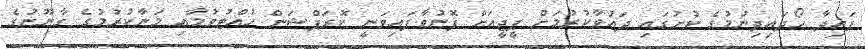
ފައިދާ ހޯދައިދިނުމުގެ ކުށުގައި ދައުވާކުރުމަށް ޕީޖީއަށް ފޮނުވާފައިވަނީ ކޮރަޕްޝަން ހުއްޓުވުމާއި މަނާކުރުމުގެ ގާނޫނުގެ